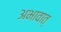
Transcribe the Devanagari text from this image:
अभावात्